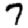
Digit: 7